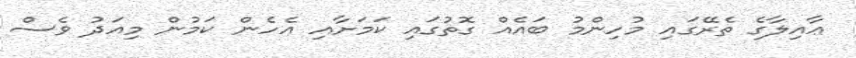
ޢާއިލާގެ ތެރޭގައި މުހިންމު ބައެއް ގޮތުގައި ކަމަށާއި އެހެން ކަމުން މިއަދު ވެސް